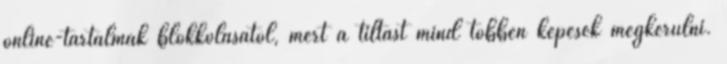
online-tartalmak blokkolásától, mert a tiltást mind többen képesek megkerülni.